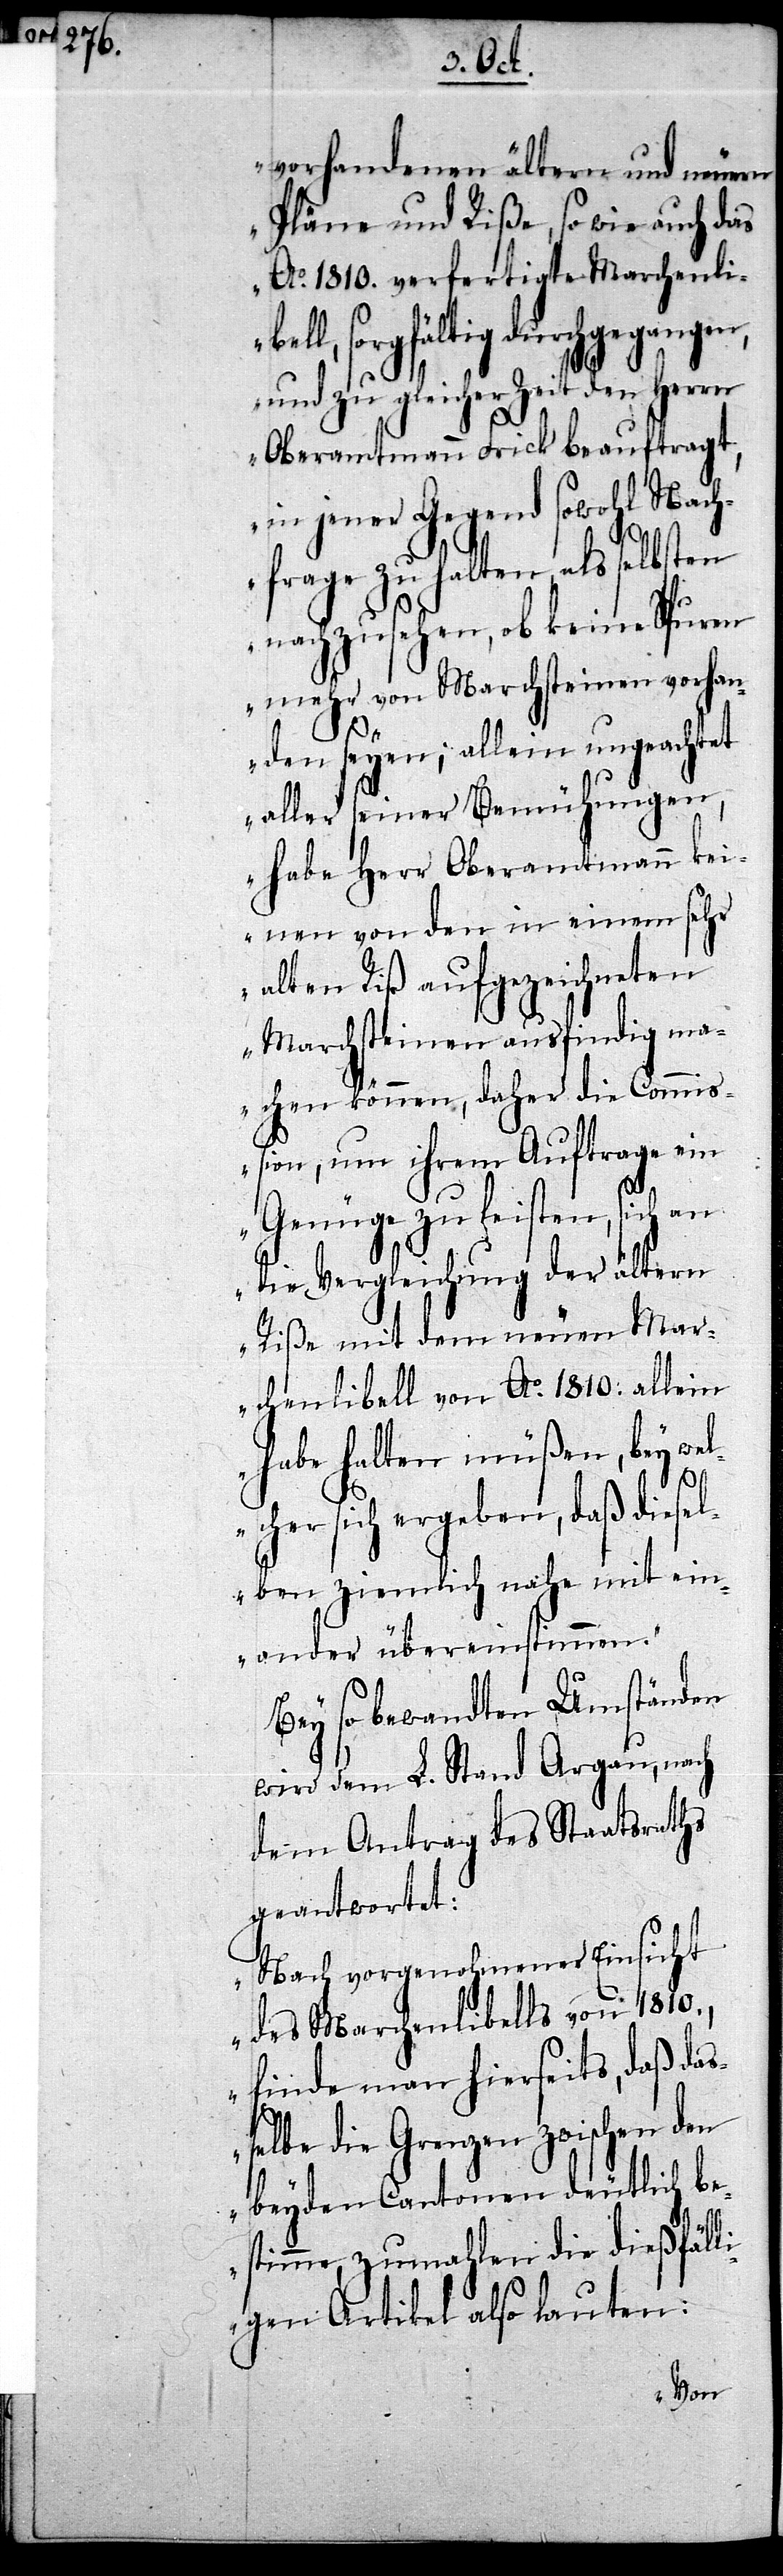
bel¬

vorhandenen ältern und neuern
Pläne und Riße, so wie auch das
Ao. 1810. verfertigte Marchenli¬
l, sorgfältig durchgegangen,
und zu gleicher Zeit den Herrn
Oberamtmann Frick beauftragt,
in jener Gegend sowohl Nach¬
frage zu halten, als selbsten
nachzusehen, ob keine Spuren
mehr von Marchsteinen vorhan¬
den seyen; allein ungeachtet
aller seiner Bemühungen,
habe Herr Oberamtmann kei¬
nen von den in einem sehr
alten Riß aufgezeichneten
Marchsteinen ausfindig ma¬
chen können, daher die Commiß¬
ion, um ihrem Auftrage ein
Genüge zu leisten, sich an
die Vergleichung der ältern
Riße mit dem neuen Mar¬
chenlibell von Ao. 1810. allein
habe halten müßen, bey wel¬
cher sich ergeben, daß diesel¬
ben ziemlich nahe mit ein¬
ander übereinstimmen.“
Bey so bewandten Umständen
wird dem L. Stand Argau, nach
dem Antrag des Staatsraths
geantwortet:
„Nach vorgenohmener Einsicht
des Marchenlibells von 1810.,
finde man hierseits, daß daß¬
elbe die Grenzen zwischen den
beyden Cantonen deutlich be¬
stimme, zumahlen die dießfäll¬
igen Artikel also lauten: